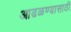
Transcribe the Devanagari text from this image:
आढळण्यासाठी